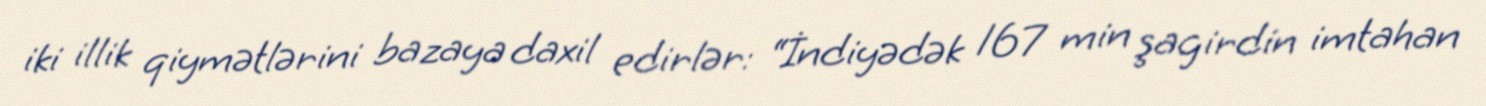
iki illik qiymətlərini bazaya daxil edirlər: “İndiyədək 167 min şagirdin imtahan